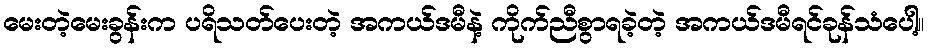
မေးတဲ့မေးခွန်းက ပရိသတ်ပေးတဲ့ အကယ်ဒမီနဲ့ ကိုက်ညီစွာရခဲ့တဲ့ အကယ်ဒမီရင်ခုန်သံပေါ့။